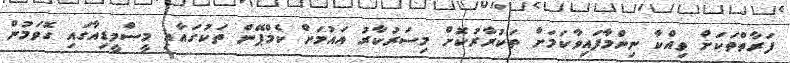
ފަރާތްތަކަށް ވިއްކާ ނިންމާފައިވާކަމަށް ތަކުރާރުކޮށް މިސަރުކާރު އައުމަށް ކެމްޕޭން ތަކުގައާއި މީސްމީޑިއާގައި ގޮވަމުން